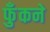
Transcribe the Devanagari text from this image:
फुँकने